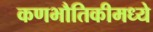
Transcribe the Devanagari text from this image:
कणभौतिकीमध्ये